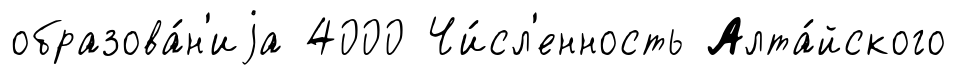
образова́н'иjа 4000 Чи́сл'енность Алта́йского